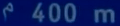
^2400\mathrm{~